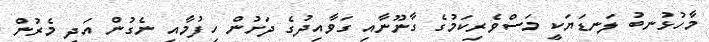
މާހުޅުނބު ލަނޑަޔަކީ މަސްވެރިކަމުގެ ގާނޫނާއި ގަވާއިދުގެ ދަށުން ހިފުމާއި ނެގުން އަދި މެރުން